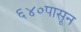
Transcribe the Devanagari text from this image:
६४०पासून